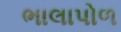
ભાલાપોળ